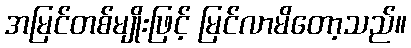
အမြင်တစ်မျိုးဖြင့် မြင်လာမိတော့သည်။